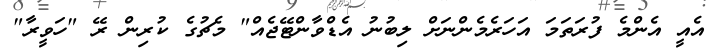
އެއީ އެންމެ ފުރަތަމަ އަހަރެމެންނަށް ލިބުނު އެޑްވާންޓޭޖެއް" މެޗުގެ ކުރިން ރޭ "ހަވީރާ"